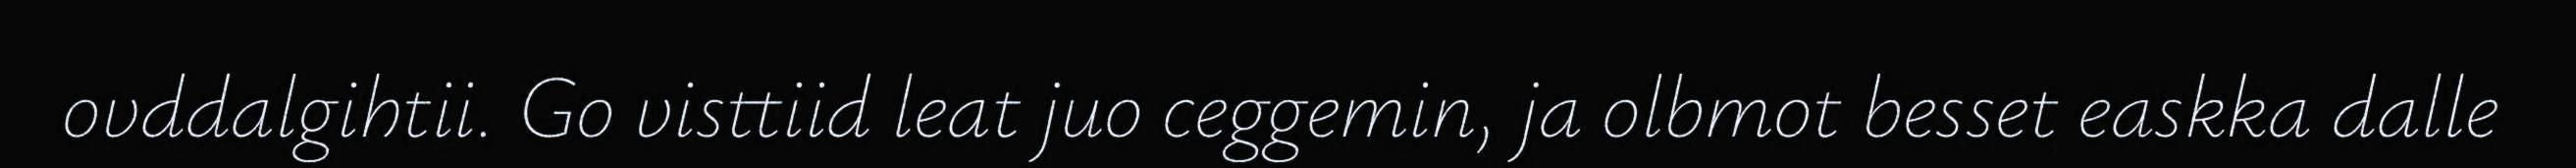
ovddalgihtii. Go visttiid leat juo ceggemin, ja olbmot besset easkka dalle